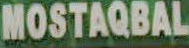
MOSTAQBAL